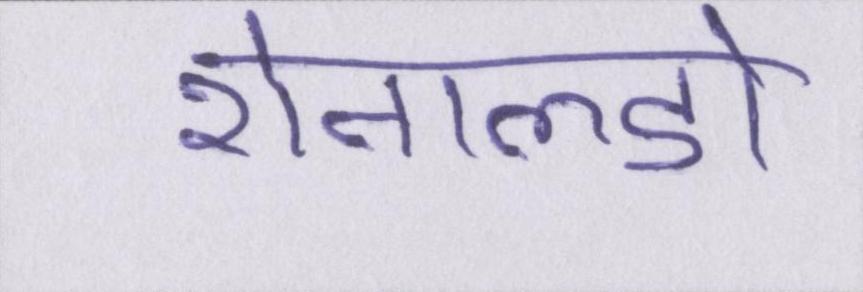
रोनाल्डो